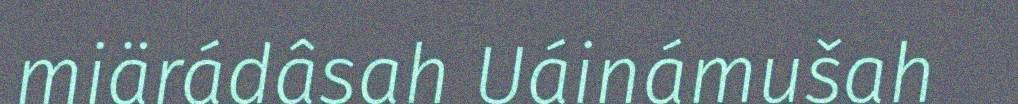
miärádâsah Uáinámušah